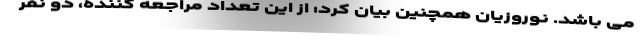
می باشد. نوروزیان همچنین بیان کرد: از این تعداد مراجعه کننده، دو نفر